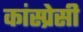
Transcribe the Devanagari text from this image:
कांस्प्रेसी